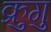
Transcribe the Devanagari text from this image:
क्रुगु